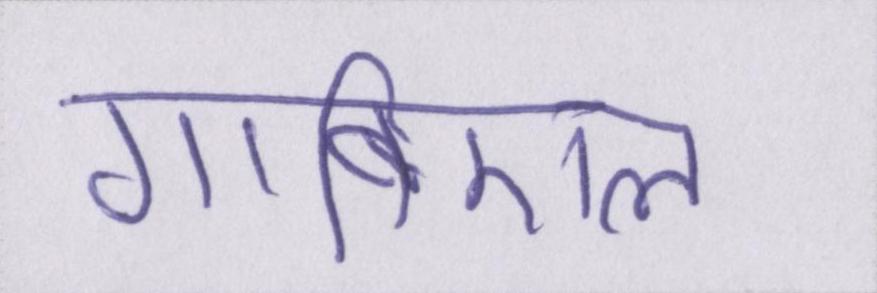
गाब्रिएल